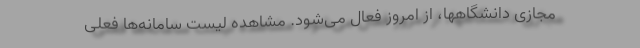
مجازی دانشگاهها، از امروز فعال می‌شود. مشاهده لیست سامانه‌ها فعلی